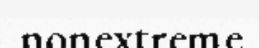
nonextreme